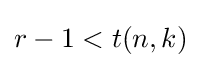
r-1<t(n,k)